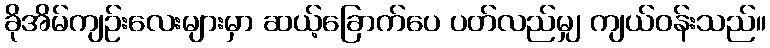
ခိုအိမ်ကျဉ်းလေးများမှာ ဆယ့်ခြောက်ပေ ပတ်လည်မျှ ကျယ်ဝန်းသည်။